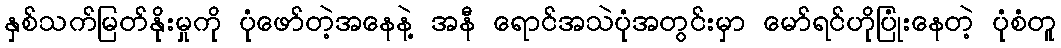
နှစ်သက်မြတ်နိုးမှုကို ပုံဖော်တဲ့အနေနဲ့ အနီ ရောင်အသဲပုံအတွင်းမှာ မော်ရင်ဟိုပြုံးနေတဲ့ ပုံစံတူ